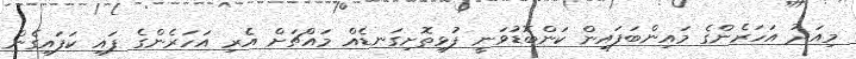
މިއަދު އަހަރެންގެ މައިންބަފައިން ކަންބޮޑުވަނީ ފުޅިތޮށިގަނޑެއް މައްޗަށް އެރި އަހަރެންގެ ފައި ކަފައިގެން